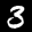
Label: 3